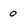
Character: 0